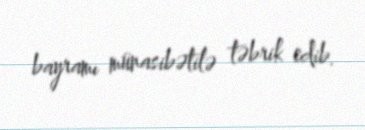
bayramı münasibətilə təbrik edib.